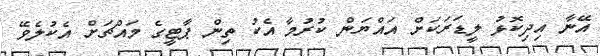
އޭނާ އިދިކޮޅު ލީޑަރަކަށް އައްޔަން ކުރުމާ އެކު ތިން ޕާޓީގެ މައްޗަށް އެކުލެވޭ